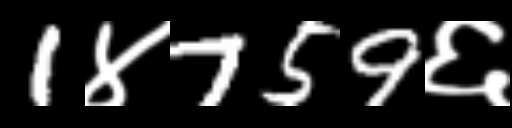
Text: 1४759६